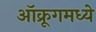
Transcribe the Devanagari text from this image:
ऑक्रूगमध्ये